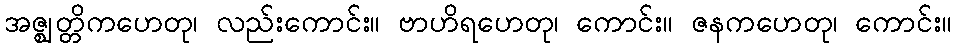
အဇ္ဈတ္တိကဟေတု၊ လည်းကောင်း။ ဗာဟိရဟေတု၊ ကောင်း။ ဇနကဟေတု၊ ကောင်း။